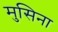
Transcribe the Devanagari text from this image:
मुसिना